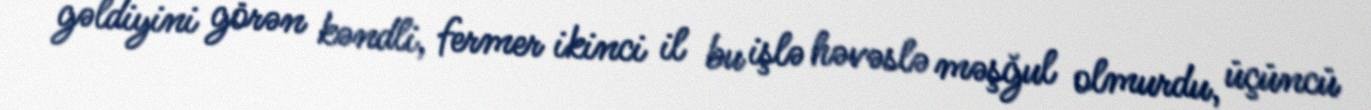
gəldiyini görən kəndli, fermer ikinci il bu işlə həvəslə məşğul olmurdu, üçüncü